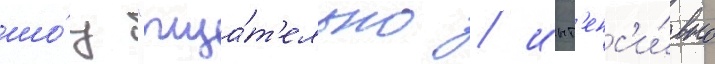
шо́у "тща́т'ельно / инт'енс'и́вно